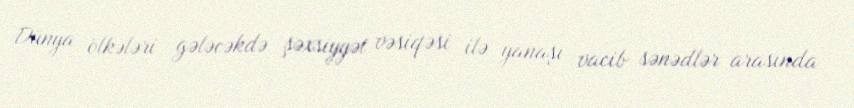
Dünya ölkələri gələcəkdə şəxsiyyət vəsiqəsi ilə yanaşı vacib sənədlər arasında